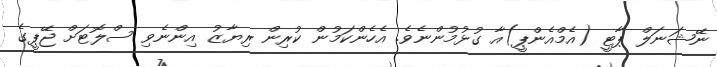
ނޭޝަނަލް ޕާޓީ (އެމްއެންޕީ)އާ ގުޅުމުންނެވެ. އެހެންކަމުން ކުރިން ރިޔާޒު އިންނެވި ސްލޮޓަށް ޖޭޕީގެ